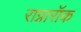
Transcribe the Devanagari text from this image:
राग्नारॉक